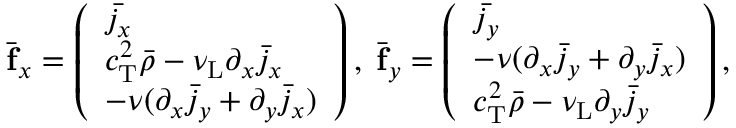
\begin{array} { r } { \bar { \mathbf { f } } _ { x } = \left( \begin{array} { l } { \bar { j _ { x } } } \\ { c _ { \mathrm { T } } ^ { 2 } \bar { \rho } - \nu _ { \mathrm { L } } \partial _ { x } \bar { j } _ { x } } \\ { - \nu ( \partial _ { x } \bar { j } _ { y } + \partial _ { y } \bar { j } _ { x } ) } \end{array} \right) , \; \bar { \mathbf { f } } _ { y } = \left( \begin{array} { l } { \bar { j _ { y } } } \\ { - \nu ( \partial _ { x } \bar { j } _ { y } + \partial _ { y } \bar { j } _ { x } ) } \\ { c _ { \mathrm { T } } ^ { 2 } \bar { \rho } - \nu _ { \mathrm { L } } \partial _ { y } \bar { j } _ { y } } \end{array} \right) , } \end{array}